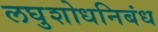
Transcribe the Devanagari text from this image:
लघुशोधनिबंध